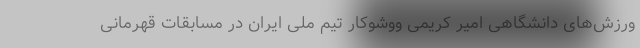
ورزش‌های دانشگاهی امیر کریمی ووشوکار تیم ملی ایران در مسابقات قهرمانی